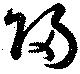
帰